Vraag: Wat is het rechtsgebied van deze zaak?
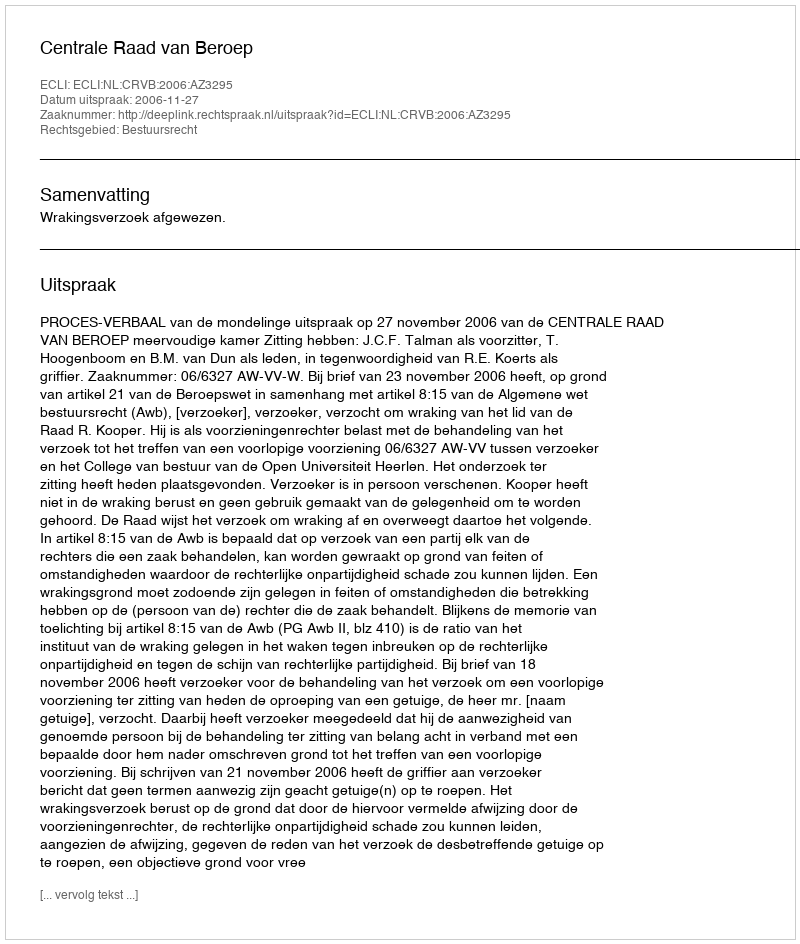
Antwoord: Bestuursrecht